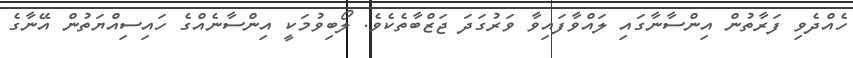
ހެއްދެވި ފަރާތުން އިންސާނާގައި ލައްވާފައިވާ ވަރުގަދަ ޖަޒްބާތެކެވެ. ލޯބިވުމަކީ އިންސާނެއްގެ ހައިސިއްޔަތުން އޭނާގެ